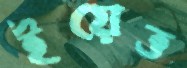
ইয়েত্ত